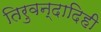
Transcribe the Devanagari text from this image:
तिरुवन्दादिही